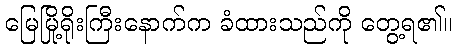
မြေမြို့ရိုးကြီးနောက်က ခံထားသည်ကို တွေ့ရ၏။